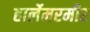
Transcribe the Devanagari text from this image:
हार्लेमरमीर